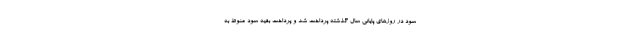
سود در روزهای پایانی سال گذشته پرداخت شد و پرداخت بقیه سود منوط به